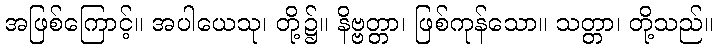
အဖြစ်ကြောင့်။ အပါယေသု၊ တို့၌။ နိဗ္ဗတ္တာ၊ ဖြစ်ကုန်သော။ သတ္တာ၊ တို့သည်။